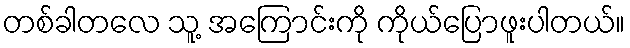
တစ်ခါတလေ သူ့ အကြောင်းကို ကိုယ်ပြောဖူးပါတယ်။